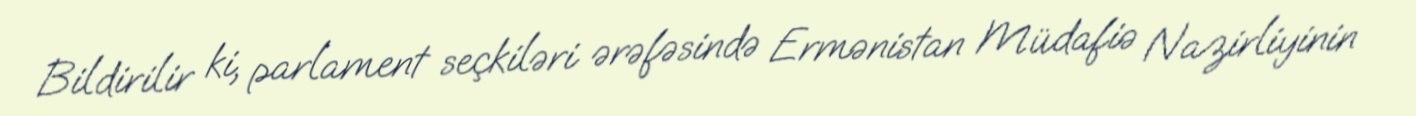
Bildirilir ki, parlament seçkiləri ərəfəsində Ermənistan Müdafiə Nazirliyinin